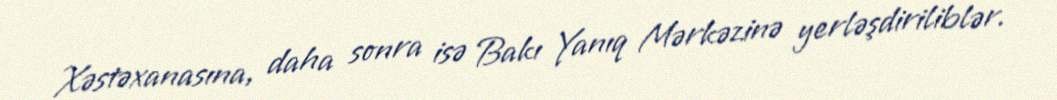
Xəstəxanasına, daha sonra isə Bakı Yanıq Mərkəzinə yerləşdiriliblər.